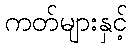
ကတ်များနှင့်